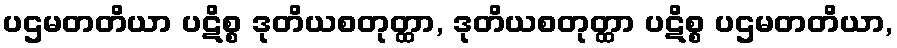
ပဌမတတိယာ ပဋိစ္စ ဒုတိယစတုတ္ထာ, ဒုတိယစတုတ္ထာ ပဋိစ္စ ပဌမတတိယာ,